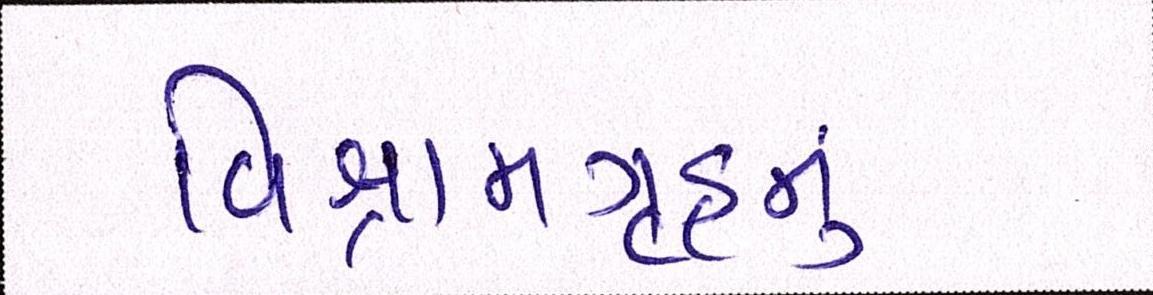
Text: વિશ્રામગૃહનું